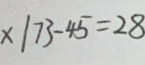
x \vert 7 3 - 4 5 = 2 8